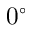
0 ^ { \circ }